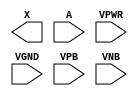
module sky130_fd_sc_hd__dlymetal6s6s (
    X   ,
    A   ,
    VPWR,
    VGND,
    VPB ,
    VNB
);

    output X   ;
    input  A   ;
    input  VPWR;
    input  VGND;
    input  VPB ;
    input  VNB ;
endmodule